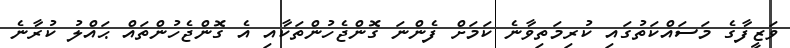
ވަޒީފާގެ މަސައްކަތުގައި ކުރިމަތިވާނެ ކަމަށް ފެންނަ ގޮންޖެހުންތަކާއި އެ ގޮންޖެހުންތައް ޙައްލު ކުރާނެ